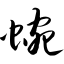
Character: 蜿